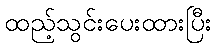
ထည့်သွင်းပေးထားပြီး